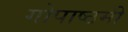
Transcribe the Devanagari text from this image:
गोपाष्ठमी